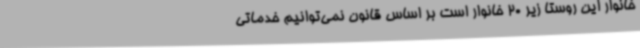
خانوار این روستا زیر 20 خانوار است بر اساس قانون نمی‌توانیم خدماتی